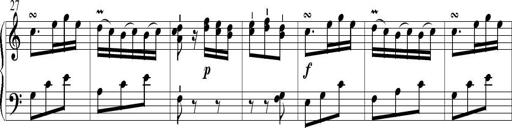
Title: 6 Leichte Sonatinen, Teil 1
Composer: F. Sigismund Sander